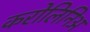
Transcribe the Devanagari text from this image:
करोलिनिअ